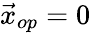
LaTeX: \vec{x}_{op}=0